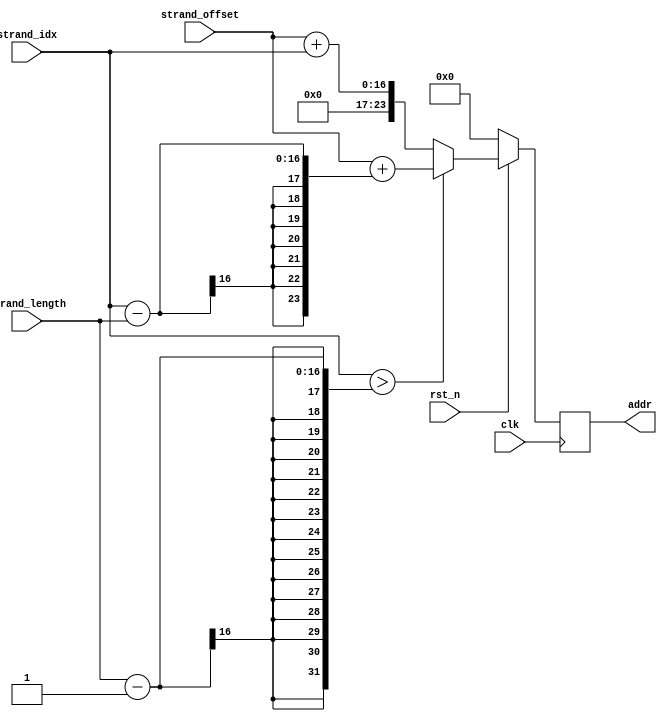
module address_generator (
    clk,
    rst_n,
    strand_offset,
    strand_idx,
    strand_length,
    addr
    );
    parameter MEM_ADDR_WIDTH = 24;
    parameter STRAND_PARAM_WIDTH = 16;
    input clk;
    input rst_n;
    input [STRAND_PARAM_WIDTH-1:0] strand_offset;
    input [STRAND_PARAM_WIDTH-1:0] strand_idx;
    input [STRAND_PARAM_WIDTH-1:0] strand_length;
    output reg [MEM_ADDR_WIDTH-1:0] addr;
    always @(posedge clk) begin
        if (rst_n == 1'b0) begin
            addr = { MEM_ADDR_WIDTH {1'b0} };
        end
        else begin
            if (strand_idx > strand_length - 1) begin
                addr = strand_offset + (strand_idx - strand_length);
            end
            else begin
                addr = strand_offset + strand_idx;
            end
        end
    end
 endmodule